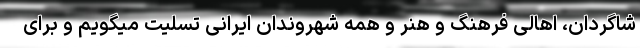
شاگردان، اهالی فرهنگ و هنر و همه شهروندان ایرانی تسلیت میگویم و برای